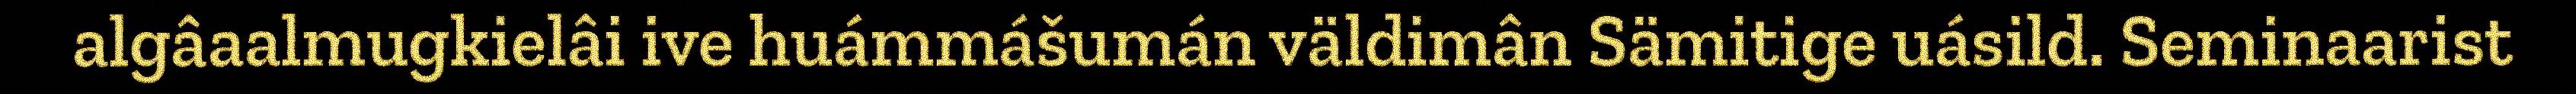
algâaalmugkielâi ive huámmášumán väldimân Sämitige uásild. Seminaarist